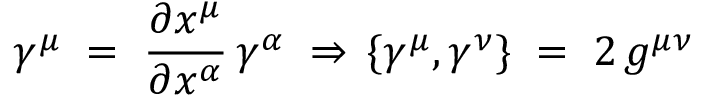
\gamma ^ { \mu } \; = \; \frac { \partial x ^ { \mu } } { \partial x ^ { \alpha } } \, \gamma ^ { \alpha } \; \Rightarrow \, \{ \gamma ^ { \mu } , \gamma ^ { \nu } \} \; = \; 2 \, g ^ { \mu \nu }